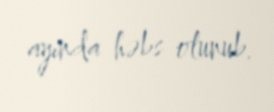
ayında həbs olunub.